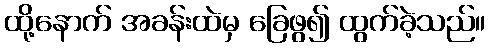
ထို့နောက် အခန်းထဲမှ ခြေဖွ၍ ထွက်ခဲ့သည်။